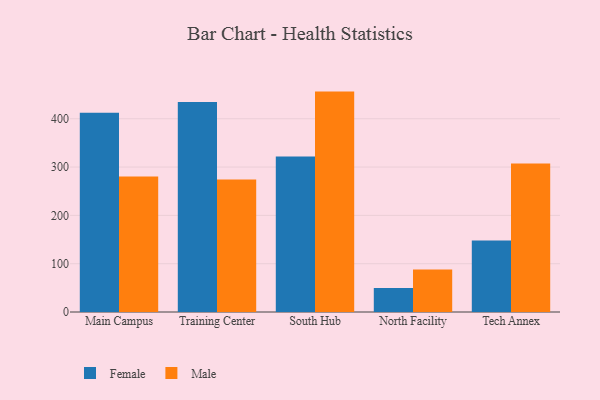
{"axis": {"x": "Campus", "y": "Production Output"}, "legend": ["Female", "Male"], "data": [{"x": "Main Campus", "y": 412.3, "type": "Female"}, {"x": "Main Campus", "y": 280.7, "type": "Male"}, {"x": "Training Center", "y": 434.7, "type": "Female"}, {"x": "Training Center", "y": 274.0, "type": "Male"}, {"x": "South Hub", "y": 322.1, "type": "Female"}, {"x": "South Hub", "y": 456.2, "type": "Male"}, {"x": "North Facility", "y": 49.5, "type": "Female"}, {"x": "North Facility", "y": 88.1, "type": "Male"}, {"x": "Tech Annex", "y": 147.8, "type": "Female"}, {"x": "Tech Annex", "y": 307.6, "type": "Male"}]}